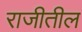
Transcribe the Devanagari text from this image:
राजीतील